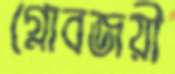
গ্লোবজয়ী